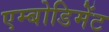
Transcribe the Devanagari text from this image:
एम्बोडिमेंट